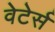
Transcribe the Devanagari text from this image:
वेटेर्स